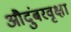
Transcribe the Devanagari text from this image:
औदुंबरवृक्षा